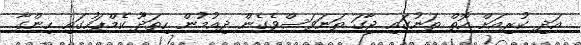
އަދި ކުރިއަށް އޮތް ތަނުގައި ޖާގަ ތަނަވަސްވެގެން ދިއުމުން ހިތަދޫ ކެމްޕަހުގައި ހިންގާ